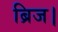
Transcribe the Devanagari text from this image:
ब्रिज।